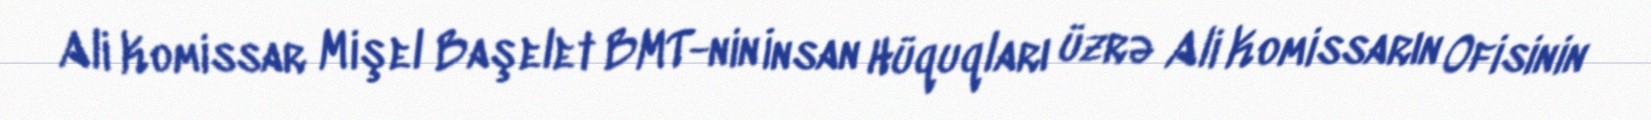
Ali Komissar Mişel Başelet BMT-nin İnsan Hüquqları üzrə Ali Komissarın Ofisinin